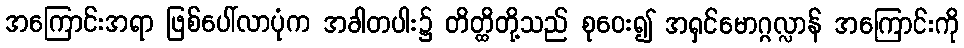
အကြောင်းအရာ ဖြစ်ပေါ်လာပုံက အခါတပါး၌ တိတ္ထိတို့သည် စုဝေး၍ အရှင်မောဂ္ဂလ္လာန် အကြောင်းကို